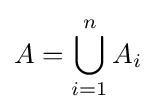
A=\bigcup _{i=1}^{n}A_{i}